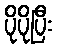
ပိုပိုပြီး